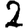
Digit: 2